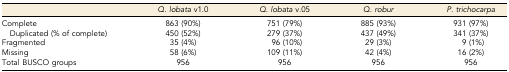
<table><thead><tr><td></td><td><b><i>Q. lobata</i> v1.0</b></td><td><b><i>Q. lobata</i> v.05</b></td><td><b><i>Q. robur</i></b></td><td><b><i>P. trichocarpa</i></b></td></tr></thead><tbody><tr><td>Complete</td><td>863 (90%)</td><td>751 (79%)</td><td>885 (93%)</td><td>931 (97%)</td></tr><tr><td> Duplicated (% of complete)</td><td>450 (52%)</td><td>279 (37%)</td><td>437 (49%)</td><td>341 (37%)</td></tr><tr><td>Fragmented</td><td>35 (4%)</td><td>96 (10%)</td><td>29 (3%)</td><td>9 (1%)</td></tr><tr><td>Missing</td><td>58 (6%)</td><td>109 (11%)</td><td>42 (4%)</td><td>16 (2%)</td></tr><tr><td>Total BUSCO groups</td><td>956</td><td>956</td><td>956</td><td>956</td></tr></tbody></table>